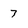
Character: 7